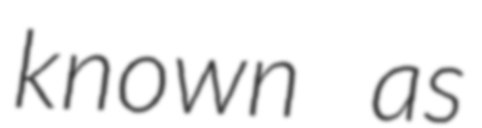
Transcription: known as